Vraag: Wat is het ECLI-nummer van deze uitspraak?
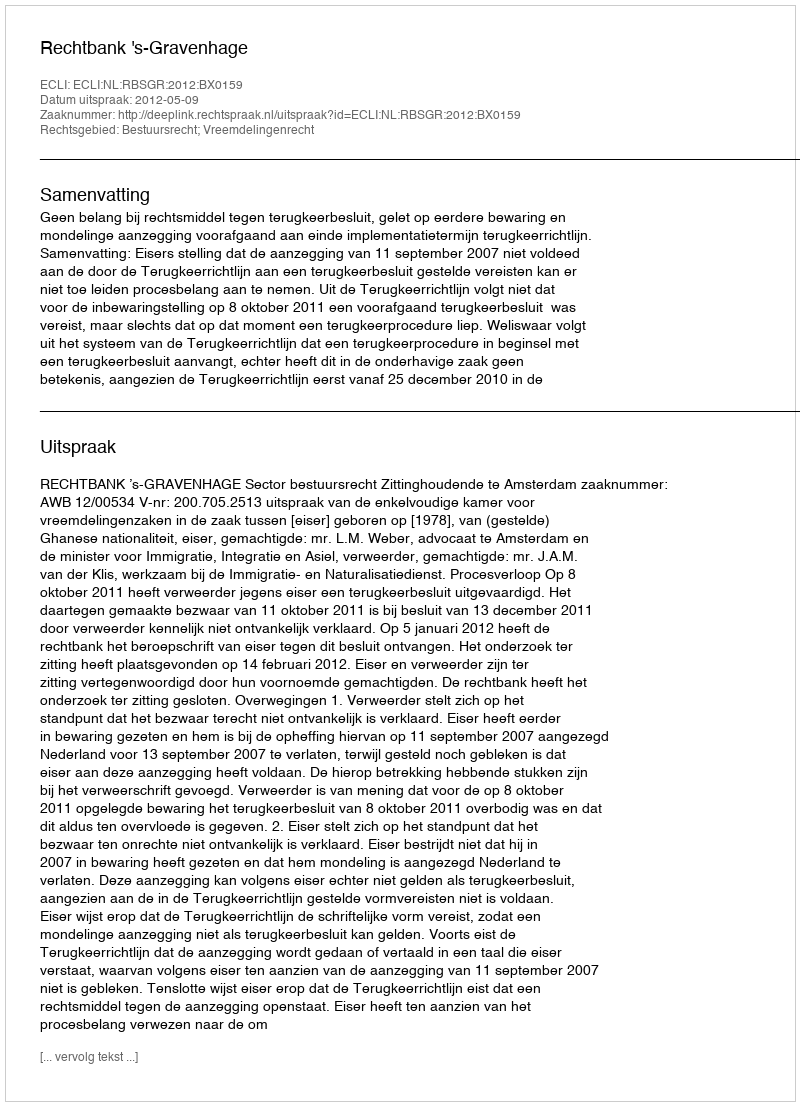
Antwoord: ECLI:NL:RBSGR:2012:BX0159